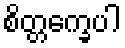
စိတ္တက္ခေပါ